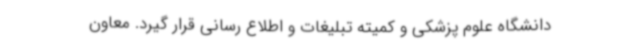
دانشگاه علوم پزشکی و کمیته تبلیغات و اطلاع رسانی قرار گیرد. معاون